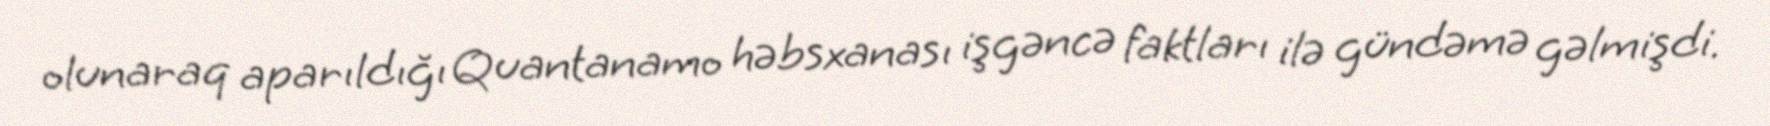
olunaraq aparıldığı Quantanamo həbsxanası işgəncə faktları ilə gündəmə gəlmişdi.